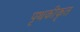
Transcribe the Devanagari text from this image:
पृथकीकृत